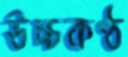
উচ্চকণ্ঠ